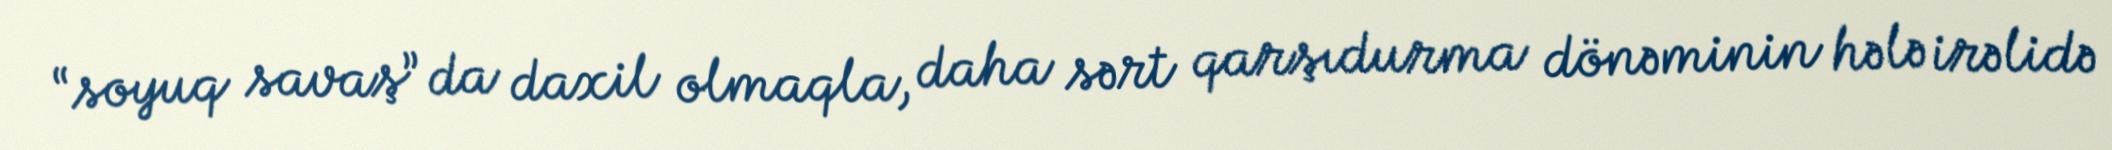
“soyuq savaş” da daxil olmaqla, daha sərt qarşıdurma dönəminin hələ irəlidə